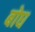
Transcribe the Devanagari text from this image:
बोघ